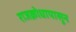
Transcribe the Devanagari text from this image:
राजक्रोधापासून